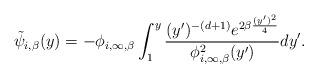
LaTeX: \begin{align*} \tilde \psi_{i,\beta} (y) = - \phi_{i,\infty,\beta} \int_1^y \frac{(y')^{-(d+1)} e^{2\beta\frac{(y')^2}{4}}}{ \phi^2_{i,\infty,\beta}(y')} dy'. \end{align*}